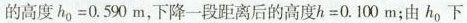
的高度 $$h _ { 0 } = 0 . 5 9 0 m$$，下降一段距离后的高度$$h = 0 . 1 0 0 m$$；由h_{0}下